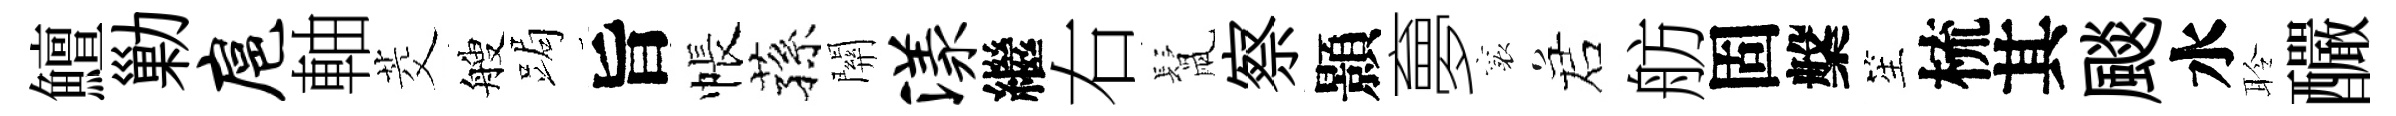
鱣勦扈軸茭艘跼旨帳蓀關漾繼右鬛察顥夣襄诺舫固槃笙梳其颷水聆釅